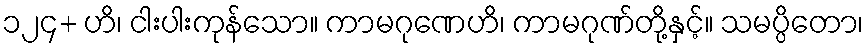
၁၂၄+ ဟိ၊ ငါးပါးကုန်သော။ ကာမဂုဏေဟိ၊ ကာမဂုဏ်တို့နှင့်။ သမပ္ပိတော၊